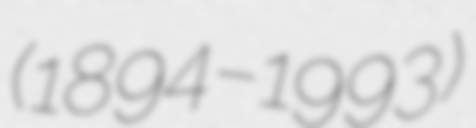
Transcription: (1894–1993)